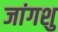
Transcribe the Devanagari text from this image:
जांगशु